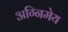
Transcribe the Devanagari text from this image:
अग्‍निमेय